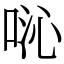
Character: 𫪍